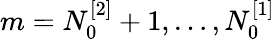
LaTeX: m=N_{0}^{[2]}+1,\dots,N_{0}^{[1]}